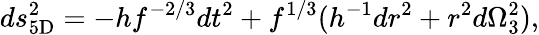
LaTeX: ds_{\mathrm{5D}}^{2}=-hf^{-2/3}dt^{2}+f^{1/3}(h^{-1}dr^{2}+r^{2}d\Omega_{3}^{2}),